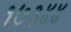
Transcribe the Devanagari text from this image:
१७३४४